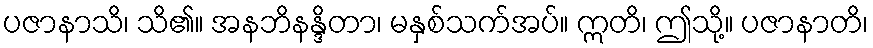
ပဇာနာသိ၊ သိ၏။ အနဘိနန္ဒိတာ၊ မနှစ်သက်အပ်။ ဣတိ၊ ဤသို့။ ပဇာနာတိ၊